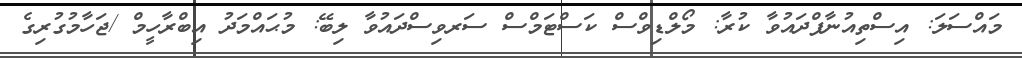
މައްސަލަ: އިސްތިއުނާފްދައުވާ ކުރާ: މޯލްޑިވްސް ކަސްޓަމްސް ސަރވިސްދައުވާ ލިބޭ: މުޙައްމަދު އިބްރާހީމް /ޖަހާމުގުރިގެ